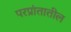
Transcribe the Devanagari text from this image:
परप्रांतातील